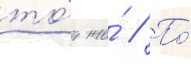
то́т же́ // По́